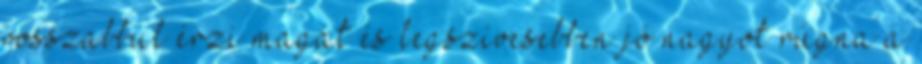
rosszabbul érzi magát és legszívesebben jó nagyot rúgna a